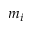
m _ { i }